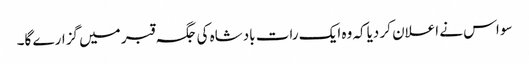
سو اس نے اعلان کر دیاکہ وہ ایک رات بادشاہ کی جگہ قبر میں گزارے گا۔